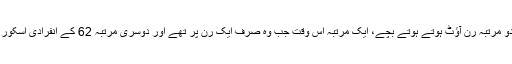
وہ دو مرتبہ رن آؤٹ ہوتے ہوتے بچے، ایک مرتبہ اُس وقت جب وہ صرف ایک رن پر تھے اور دوسری مرتبہ 62 کے انفرادی اسکور پر۔